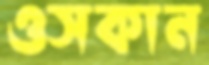
ওসকান